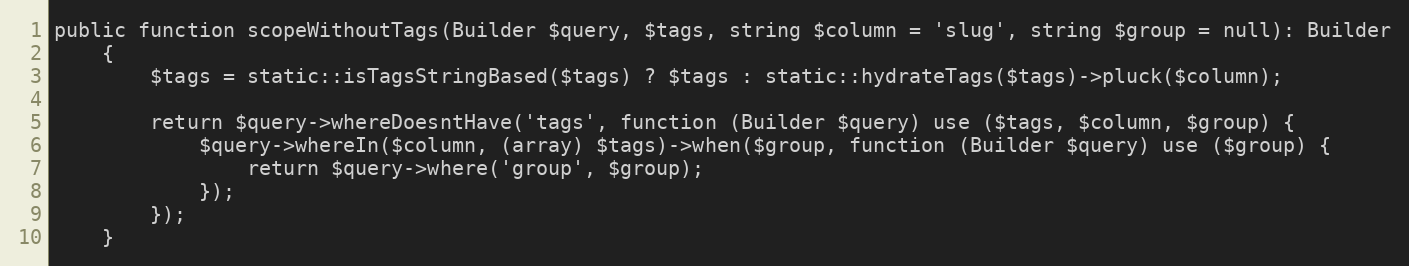
Language: PHP
public function scopeWithoutTags(Builder $query, $tags, string $column = 'slug', string $group = null): Builder
    {
        $tags = static::isTagsStringBased($tags) ? $tags : static::hydrateTags($tags)->pluck($column);

        return $query->whereDoesntHave('tags', function (Builder $query) use ($tags, $column, $group) {
            $query->whereIn($column, (array) $tags)->when($group, function (Builder $query) use ($group) {
                return $query->where('group', $group);
            });
        });
    }